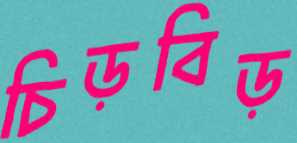
চিড়বিড়